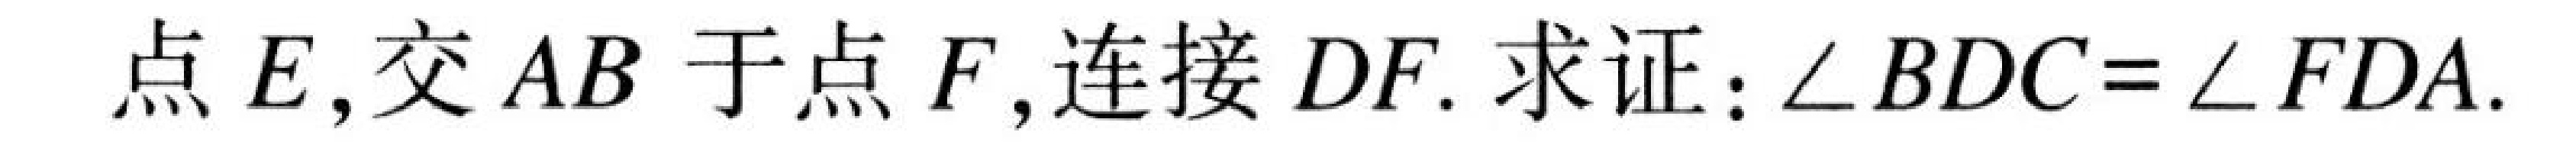
点$E$，交$AB$于点$F$，连接$DF$. 求证：$\angle BDC=\angle FDA$.